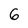
Character: 6